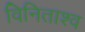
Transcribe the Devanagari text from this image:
विनिताश्व